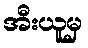
အီးယူမှ